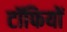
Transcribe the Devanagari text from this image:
टॉफियों